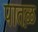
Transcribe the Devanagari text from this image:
पात़ळ